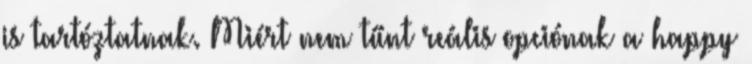
is tartóztatnak. Miért nem tűnt reális opciónak a happy